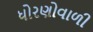
ધોરણોવાળી